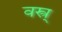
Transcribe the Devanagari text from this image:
वस्त्र्